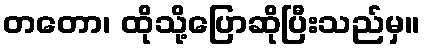
တတော၊ ထိုသို့ပြောဆိုပြီးသည်မှ။